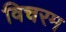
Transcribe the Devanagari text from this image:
विचरम